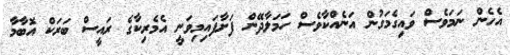
އެހެން ނަމަވެސް ވައިގެމަގުން އަނެއްކާވެސް ހަމަލާދޭން ފަށާފައިމިވަނީ އެމެރިކާގެ ރައީސް ބަރަކް އޮބާމާ